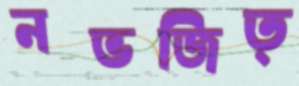
নভজিত্